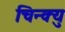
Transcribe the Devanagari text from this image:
चिन्क्यु